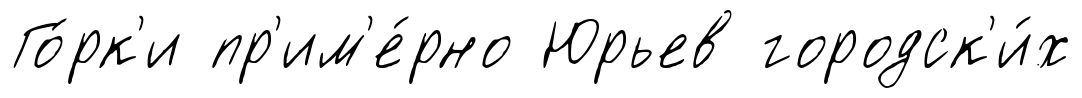
Го́рк'и пр'им'е́рно Юрьев городск'и́х